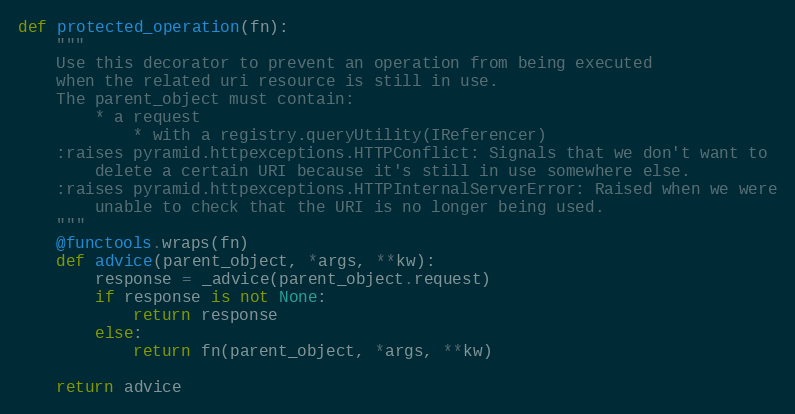
Language: Python
def protected_operation(fn):
    """
    Use this decorator to prevent an operation from being executed
    when the related uri resource is still in use.
    The parent_object must contain:
        * a request
            * with a registry.queryUtility(IReferencer)
    :raises pyramid.httpexceptions.HTTPConflict: Signals that we don't want to
        delete a certain URI because it's still in use somewhere else.
    :raises pyramid.httpexceptions.HTTPInternalServerError: Raised when we were
        unable to check that the URI is no longer being used.
    """
    @functools.wraps(fn)
    def advice(parent_object, *args, **kw):
        response = _advice(parent_object.request)
        if response is not None:
            return response
        else:
            return fn(parent_object, *args, **kw)

    return advice